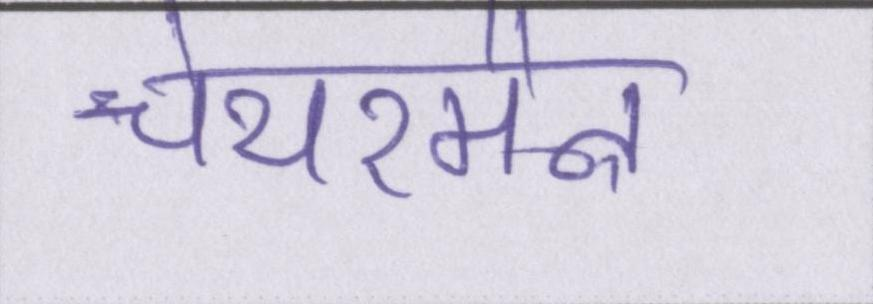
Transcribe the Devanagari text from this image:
चेयरमैन